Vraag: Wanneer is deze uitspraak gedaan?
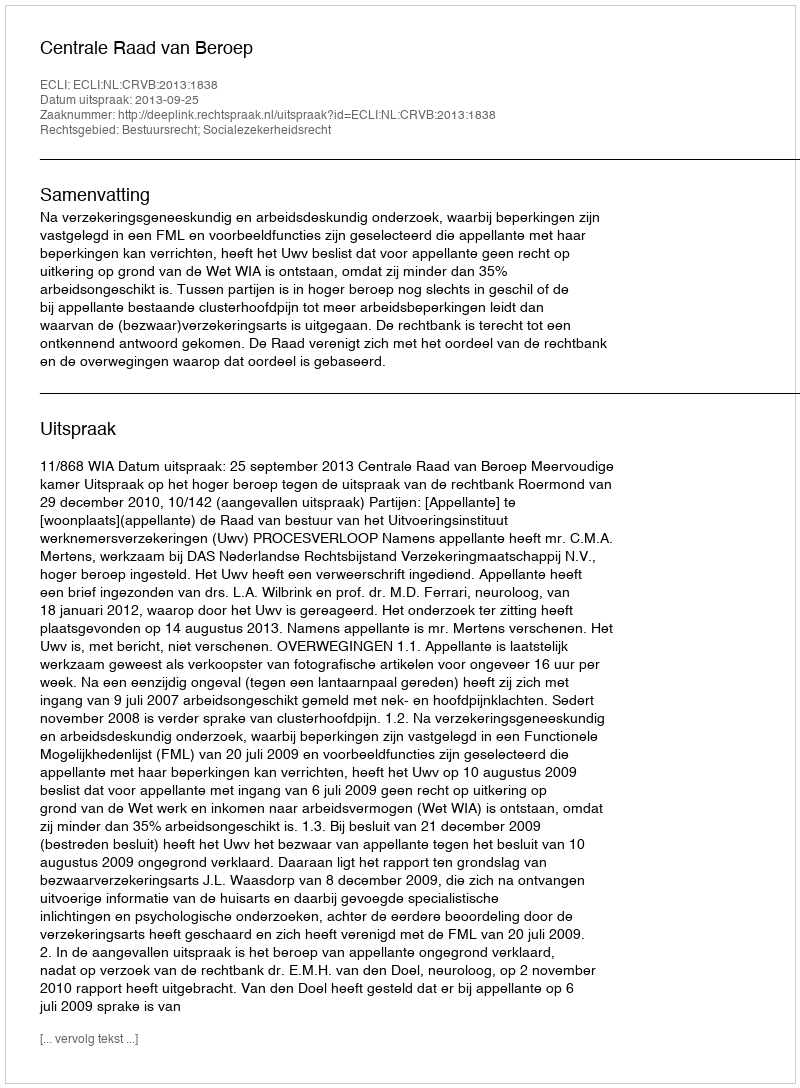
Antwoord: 2013-09-25